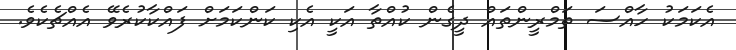
އެކަމަކު ހާއްސަ ތަމްރީންތައް ދީގެން ކުއްތާ އަކީ އެކި ކަންކަމަށް ފައްކާކުރެވޭ އެއްޗެކެވެ.